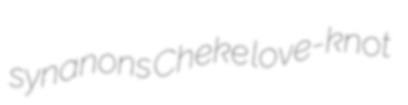
synanons Cheke love-knot